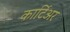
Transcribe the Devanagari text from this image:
कार्टिअर